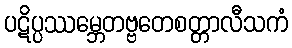
ပဋိပ္ပဿမ္ဘေတဗ္ဗတေစတ္တာလီသကံ